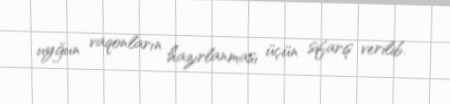
uyğun vaqonların hazırlanması üçün sifariş verilib.